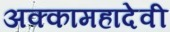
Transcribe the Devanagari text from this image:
अक्कामहादेवी